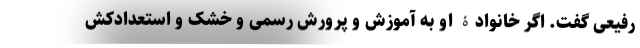
رفیعی گفت. اگر خانوادۀ او به آموزش و پرورش رسمی و خشک و استعداد‌کُش